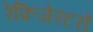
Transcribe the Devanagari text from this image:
रेफ्रिजेरटरों